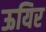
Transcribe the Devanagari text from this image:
ऊयिर